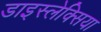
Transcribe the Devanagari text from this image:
डाइस्लेक्सिया